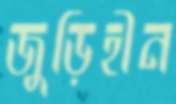
জুড়িহীন